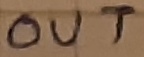
Text: OUT